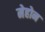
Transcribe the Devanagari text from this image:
मेहोन